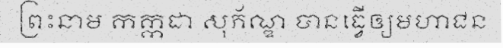
ព្រះនាម កក្កដា សុភ័ណ្ឌ បានធ្វើឲ្យមហាជន